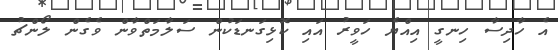
އެ ހާދިސާ ހިނގީ އިއްޔެ ހަވީރު އައި ކޮޅިގަނޑަކުން ސަލާމަތްވާން ވެގެން ލޯންޗު